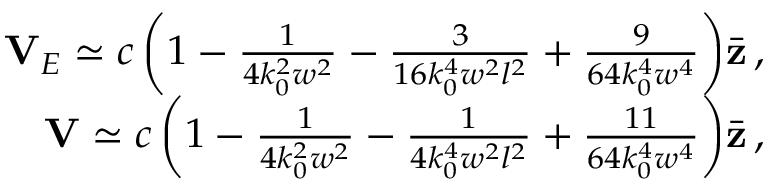
\begin{array} { r } { { \bf V } _ { E } \simeq c \left( 1 - \frac { 1 } { 4 k _ { 0 } ^ { 2 } w ^ { 2 } } - \frac { 3 } { 1 6 k _ { 0 } ^ { 4 } w ^ { 2 } l ^ { 2 } } + \frac { 9 } { 6 4 k _ { 0 } ^ { 4 } w ^ { 4 } } \right) \! \bar { \bf z } \, , } \\ { { \bf V } \simeq c \left( 1 - \frac { 1 } { 4 k _ { 0 } ^ { 2 } w ^ { 2 } } - \frac { 1 } { 4 k _ { 0 } ^ { 4 } w ^ { 2 } l ^ { 2 } } + \frac { 1 1 } { 6 4 k _ { 0 } ^ { 4 } w ^ { 4 } } \right) \! \bar { \bf z } \, , } \end{array}